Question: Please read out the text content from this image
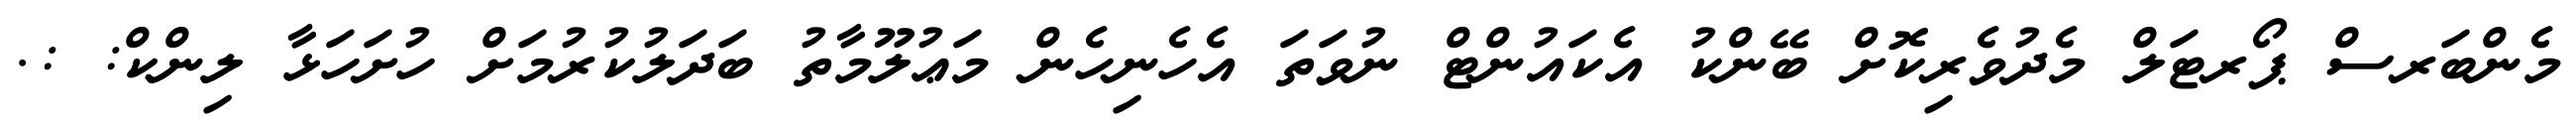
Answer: މެންބަރސް ޕޯރޓަލް މެދުވެރިކޮށް ބޭންކު އެކައުންޓް ނުވަތަ އެހެނިހެން މަޢުލޫމާތު ބަދަލުކުރުމަށް ހުށަހަޅާ ލިންކް: :.